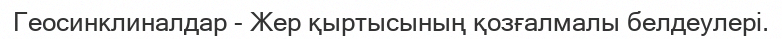
Геосинклиналдар - Жер қыртысының қозғалмалы белдеулері.